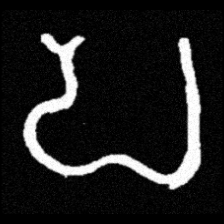
Pyu character \u2014 Myanmar letter: ပ (romanized: pa)